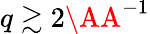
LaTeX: q\gtrsim 2\AA^{-1}